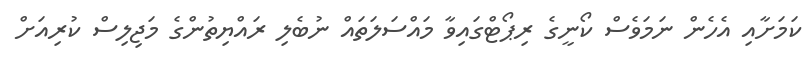
ކަމަށާއި އެހެން ނަމަވެސް ކޯނީގެ ރިޕޯޓްގައިވާ މައްސަލަތައް ނުބެލި ރައްޔިތުންގެ މަޖިލިސް ކުރިއަށް